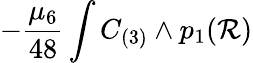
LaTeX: -{\frac{\mu_{6}}{48}}\int C_{(3)}\wedge p_{1}({\cal R})